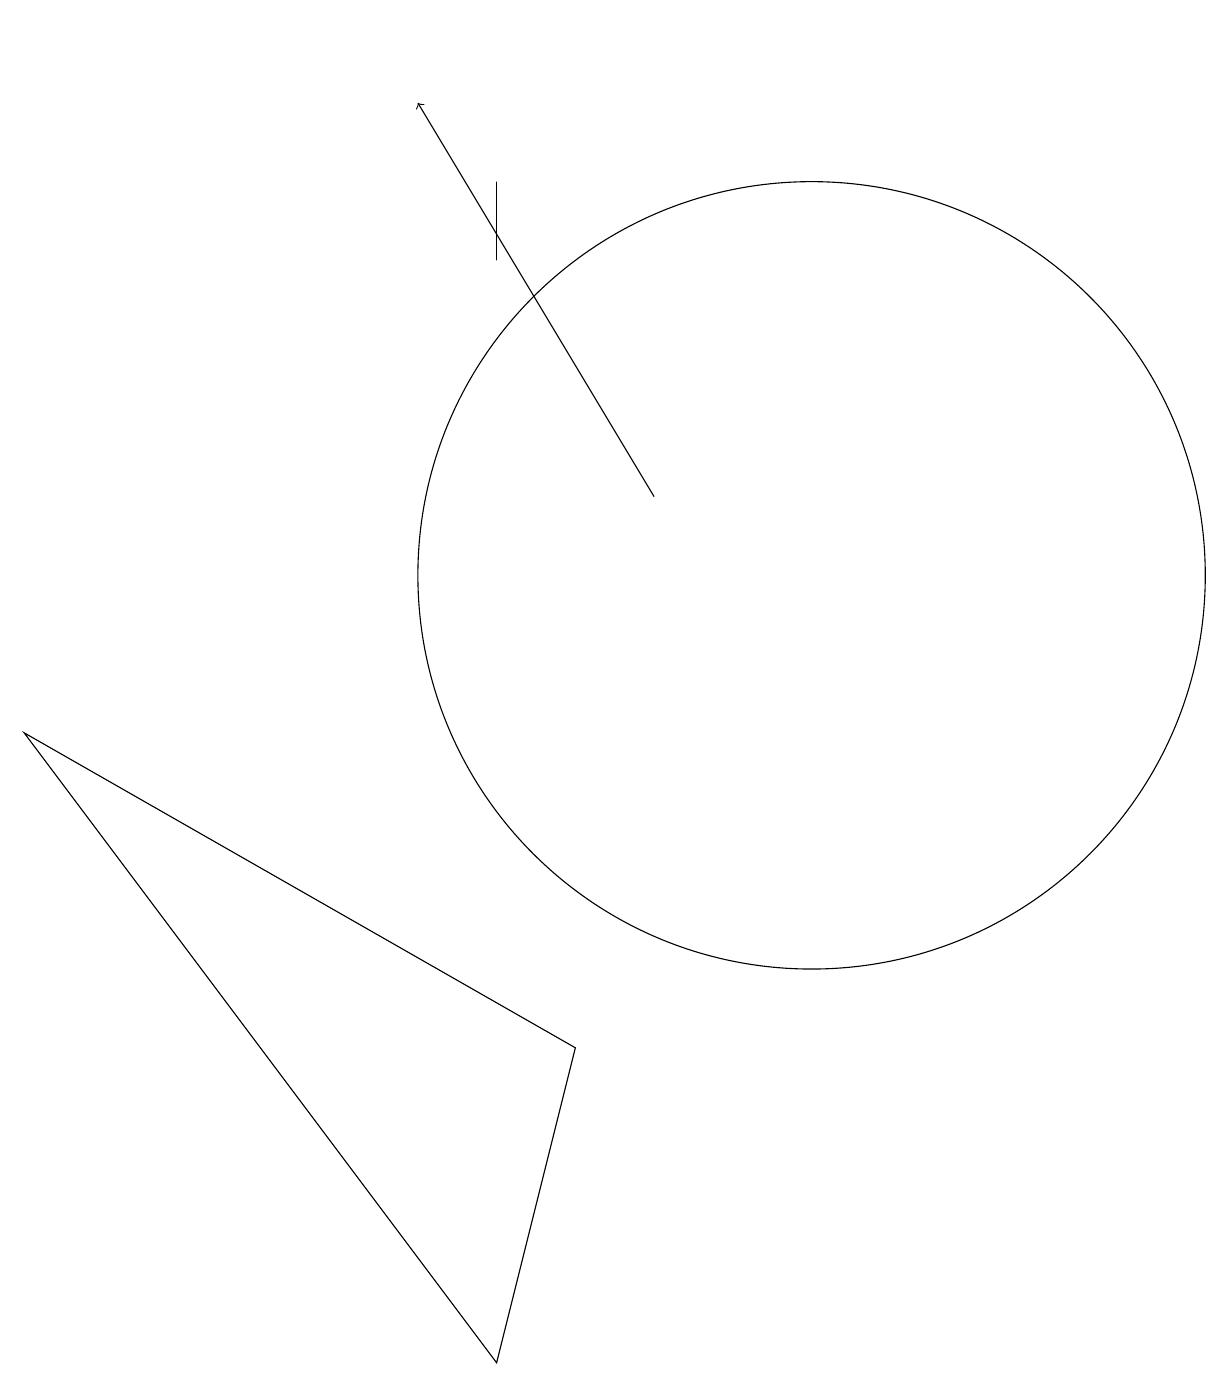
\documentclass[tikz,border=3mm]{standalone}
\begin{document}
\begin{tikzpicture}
\draw (7,15) rectangle (7,14);
\draw (7,0) -- (1,8) -- (8,4) -- cycle;
\draw (11,10) circle (5);
\draw (4,17) rectangle (4,17);
\draw[->] (9,11) -- (6,16);
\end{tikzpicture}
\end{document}